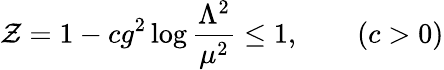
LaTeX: \mathcal{Z}=1-cg^{2}\log{\frac{{\Lambda^{2}}}{{\mu^{2}}}}\leq1,\qquad(c>0)